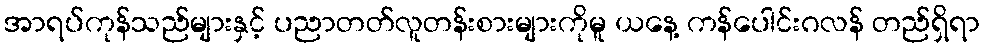
အာရပ်ကုန်သည်များနှင့် ပညာတတ်လူတန်းစားများကိုမူ ယနေ့ ကန်ပေါင်းဂလန် တည်ရှိရာ